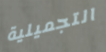
التجميلية